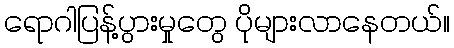
ရောဂါပြန့်ပွားမှုတွေ ပိုများလာနေတယ်။